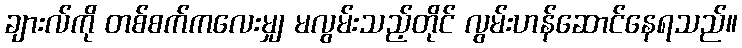
ချားလ်ကို တစ်စက်ကလေးမျှ မလွမ်းသည့်တိုင် လွမ်းဟန်ဆောင်နေရသည်။